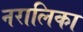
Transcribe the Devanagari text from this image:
नरालिका